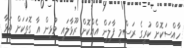
ހާއްސަކޮށް ކުރީގެ ރަސްމީ ފާލަން އެއްކޮށް ރޫޅާލައި މުޅިން އާ ގޮތަކަށް އަޅާ